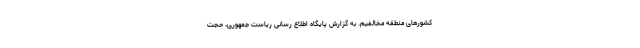
کشورهای منطقه مخالفیم. به گزارش پایگاه اطلاع رسانی ریاست جمهوری، حجت